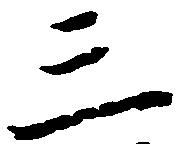
三